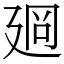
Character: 𢌡